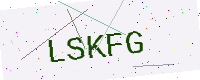
Text: LSKFG